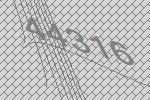
44316